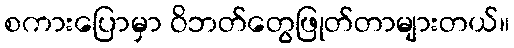
စကားပြောမှာ ဝိဘတ်တွေဖြုတ်တာများတယ်။